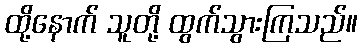
ထို့နောက် သူတို့ ထွက်သွားကြသည်။